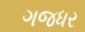
ગજધર